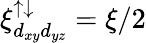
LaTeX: \xi_{d_{xy}d_{yz}}^{\uparrow\downarrow}=\xi/2